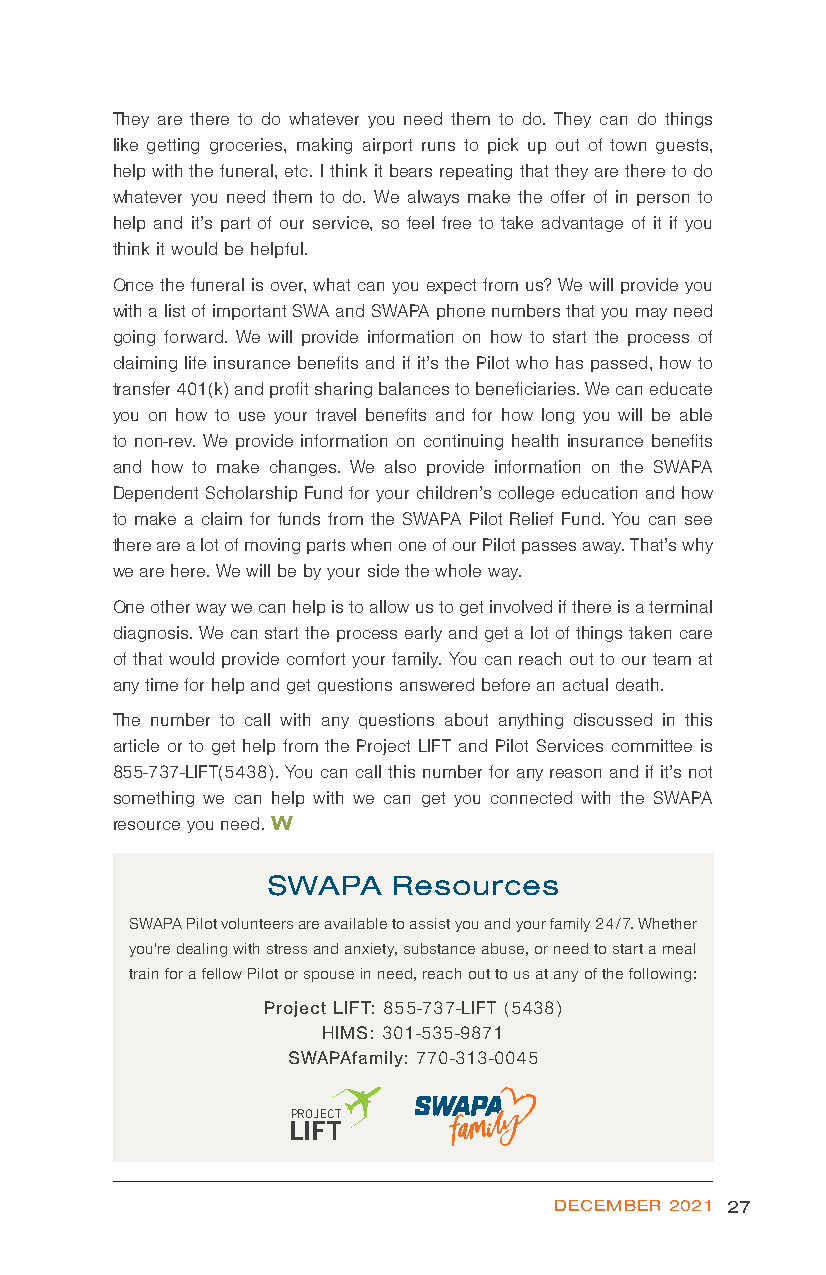
They are there to do whatever you need them to do. They can do things
 like getting groceries, making airport runs to pick up out of town guests,
 help with the funeral, etc. I think it bears repeating that they are there to do
 whatever you need them to do. We always make the offer of in person to
 help and it’s part of our service, so feel free to take advantage of it if you
 think it would be helpful.
 Once the funeral is over, what can you expect from us? We will provide you
 with a list of important SWA and SWAPA phone numbers that you may need
 going forward. We will provide information on how to start the process of
 claiming life insurance benefits and if it’s the Pilot who has passed, how to
 transfer 401(k) and profit sharing balances to beneficiaries. We can educate
 you on how to use your travel benefits and for how long you will be able
 to non-rev. We provide information on continuing health insurance benefits
 and how to make changes. We also provide information on the SWAPA
 Dependent Scholarship Fund for your children’s college education and how
 to make a claim for funds from the SWAPA Pilot Relief Fund. You can see
 there are a lot of moving parts when one of our Pilot passes away. That’s why
 we are here. We will be by your side the whole way.
 One other way we can help is to allow us to get involved if there is a terminal
 diagnosis. We can start the process early and get a lot of things taken care
 of that would provide comfort your family. You can reach out to our team at
 any time for help and get questions answered before an actual death.
 The number to call with any questions about anything discussed in this
 article or to get help from the Project LIFT and Pilot Services committee is
 855-737-LIFT(5438). You can call this number for any reason and if it’s not
 something we can help with we can get you connected with the SWAPA
 resource you need. W
 SWAPA   Resources
 SWAPA Pilot volunteers are available to assist you and your family 24/7. Whether
 you're dealing with stress and anxiety, substance abuse, or need to start a meal
 train for a fellow Pilot or spouse in need, reach out to us at any of the following:
 Project LIFT: 855-737-LIFT (5438)
 HIMS: 301-535-9871
 SWAPAfamily: 770-313-0045
 PROJECT
 LIFT
 DECEMBER 2021 27